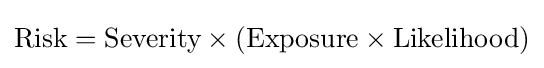
{\text{Risk}}={\text{Severity}}\times ({\text{Exposure}}\times {\text{Likelihood}})